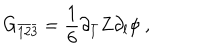
G _ { \bar { 1 } \bar { 2 } \bar { 3 } } = \frac { 1 } { 6 } \partial _ { \bar { l } } Z \partial _ { l } \phi \ ,